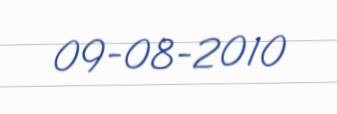
09-08-2010